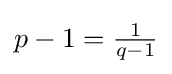
p-1={\tfrac {1}{q-1}}